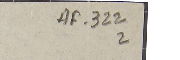
AF- 322 2